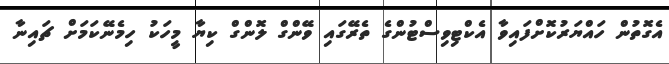
އެގޮތުން ހައްޔަރުކޮށްފައިވާ އެކްޓިވިސްޓުންގެ ތެރޭގައި ވޭންގް ލޮންގް ކިޔާ މީހަކު ހިމެނޭކަމަށް ޗައިނާ